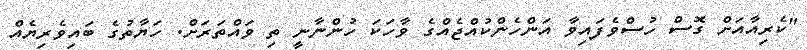
"ކެރިއާއަށް ގޮސް ހުސްވެފައިވާ އަންހެންކުއްޖެއްގެ ވާހަކަ ހުންނާނީ ތި ވައްތަރަށް. ހަޔާތުގެ ބައިވެރިޔެއް